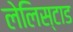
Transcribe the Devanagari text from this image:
लेलिस्टाड